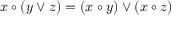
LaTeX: x \circ ( y \lor z ) = ( x \circ y ) \lor ( x \circ z )